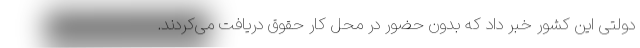
دولتی این کشور خبر داد که بدون حضور در محل کار حقوق دریافت می‌کردند.